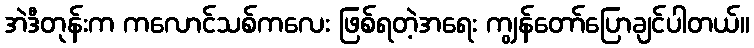
အဲဒီတုန်းက ကလောင်သစ်ကလေး ဖြစ်ရတဲ့အရေး ကျွန်တော်ပြောချင်ပါတယ်။